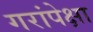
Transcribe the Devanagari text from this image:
गरांपेक्षा